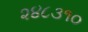
૨૪૮૩૧૦